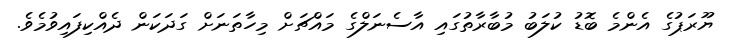
ޔޫރަޕުގެ އެންމެ ބޮޑު ކުލަބު މުބާރާތުގައި އާސެނަލްގެ މައްޗަށް މިހާތަނަށް ގަދަކަން ދެއްކިފައިވުމެވެ.